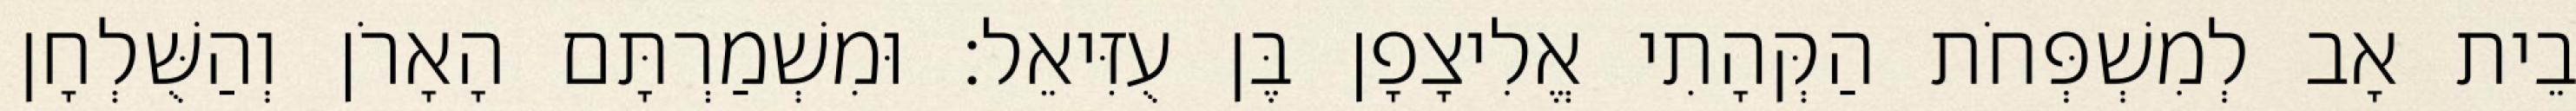
בֵית אָב לְמִשְׁפְּחֹת הַקְּהָתִי אֱלִיצָפָן בֶּן עֻזִּיאֵל׃ וּמִשְׁמַרְתָּם הָאָרֹן וְהַשֻּׁלְחָן